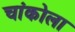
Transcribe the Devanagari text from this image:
चांकोला